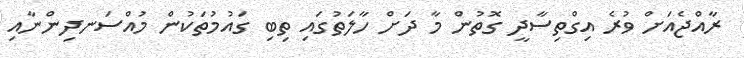
ރާއްޖެއަށް ވުރެ އިގްތިސާދީ ގޮތުން މާ ދަށް ހާލަތުގައި ތިބި ގައުމުތަކުން މުއްސަނދިންނާއި